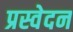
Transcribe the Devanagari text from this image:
प्रस्वेदन